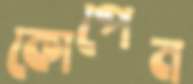
কোপেন